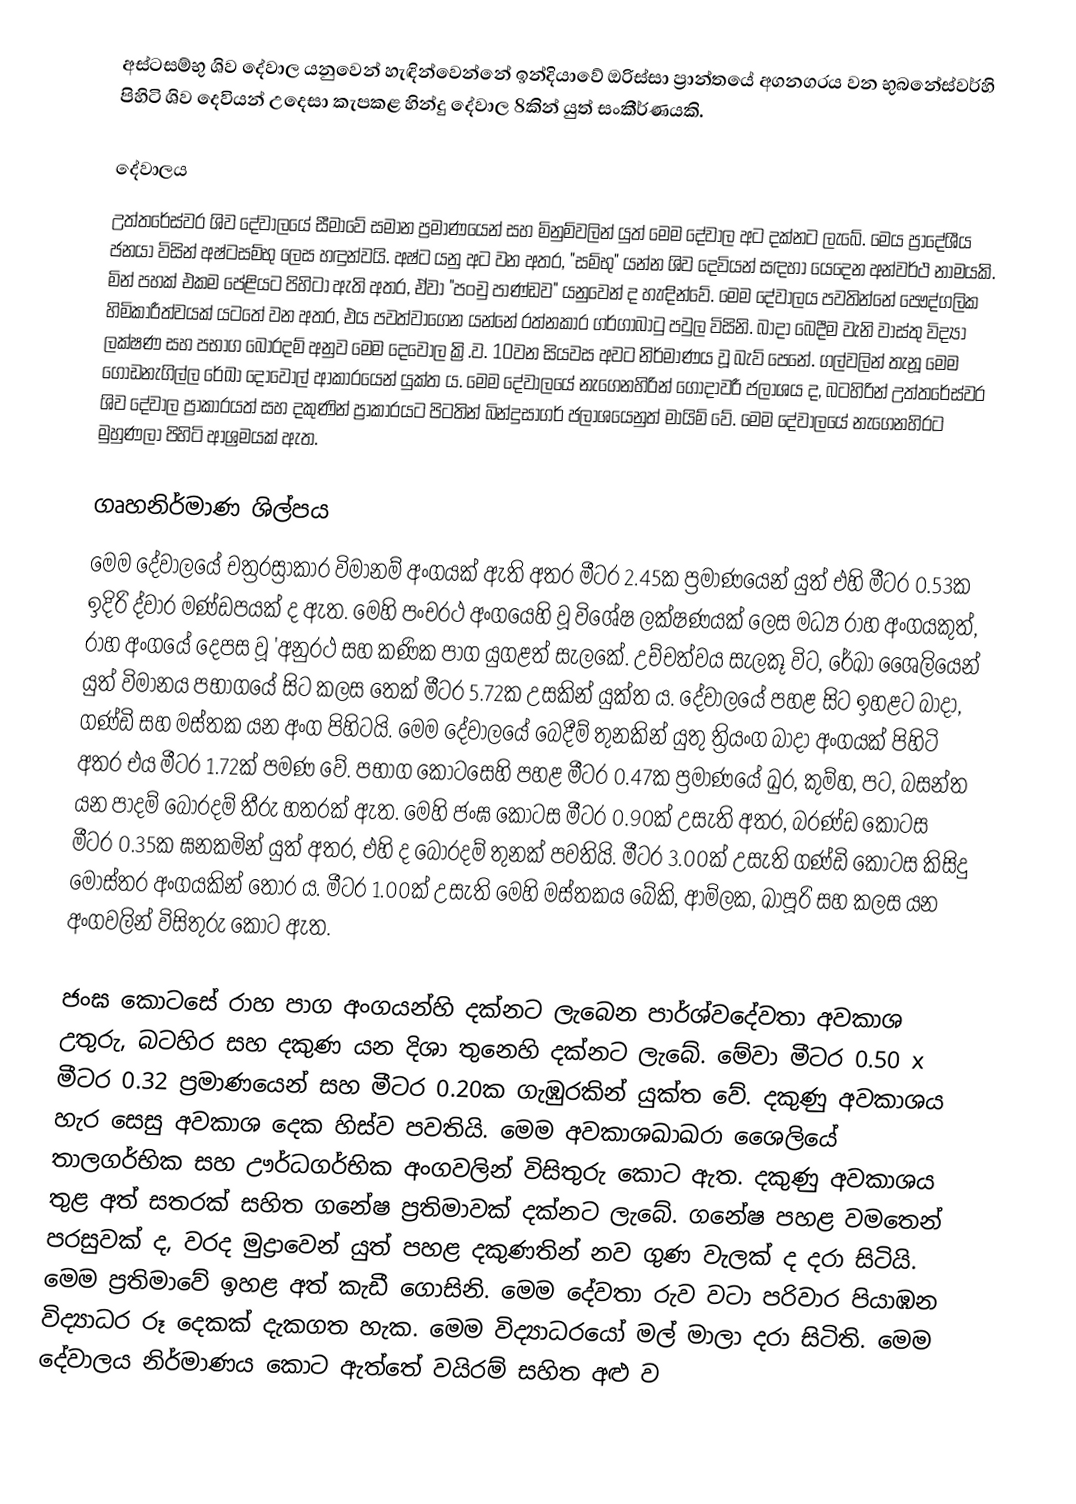
අස්ටසම්භු ශිව දේවාල යනුවෙන් හැඳින්වෙන්නේ ඉන්දියාවේ ඔරිස්සා ප්‍රාන්තයේ අගනගරය වන භුබනේස්වර්හි පිහිටි ශිව දෙවියන් උදෙසා කැපකළ හින්දු දේවාල 8කින් යුත් සංකීර්ණයකි.

දේවාලය
උත්තරේස්වර ශිව දේවාලයේ සීමාවේ සමාන ප්‍රමාණයෙන් සහ මිනුම්වලින් යුත් මෙම දේවාල අට දක්නට ලැබේ. මෙය ප්‍රාදේශීය ජනයා විසින් අෂ්ටසම්භු ලෙස හඳුන්වයි. අෂ්ට යනු අට වන අතර, "සම්භු" යන්න ශිව දෙවියන් සඳහා යෙදෙන අන්වර්ථ නාමයකි. මින් පහක් එකම පේළියට පිහිටා ඇති අතර, ඒවා "පංචු පාණ්ඩව" යනුවෙන් ද හැඳින්වේ. මෙම දේවාලය පවතින්නේ පෞද්ගලික හිමිකාරීත්වයක් යටතේ වන අතර, එය පවත්වාගෙන යන්නේ රත්නකාර ගර්ගාබාටු පවුල විසිනි. බාදා බෙදීම වැනි වාස්තු විද්‍යා ලක්ෂණ සහ පභාග බොරදම් අනුව මෙම දෙවොල ක්‍රි.ව. 10වන සියවස අවට නිර්මාණය වූ‍ බැව් පෙනේ. ගල්වලින් තැනූ මෙම ගොඩනැගිල්ල රේඛා දොවොල් ආකාරයෙන් යුක්ත ය. මෙම දේවාලයේ නැගෙනහිරින් ගෝදාවරී ජලාශය ද, බටහිරින් උත්තරේස්වර ශිව දේවාල ප්‍රාකාරයත් සහ දකුණින් ප්‍රාකාරයට පිටතින් බින්දුසාගර් ජලාශයෙනුත් මායිම් වේ. මෙම දේවාලයේ නැගෙනහිරට මුහුණලා පිහිටි ආශ්‍රමයක් ඇත.

ගෘහනිර්මාණ ශිල්පය
මෙම දේවාලයේ චත්‍රරස්‍රාකාර විමානම් අංගයක් ඇති අතර මීටර 2.45ක ප්‍රමාණයෙන් යුත් එහි  මීටර 0.53ක ඉදිරි ද්වාර මණ්ඩපයක් ද ඇත. මෙහි පංචරථ අංගයෙහි වූ විශේෂ ලක්ෂණයක් ලෙස මධ්‍ය රාහ අංගයකුත්, රාහ අංගයේ දෙපස වූ 'අනුරථ සහ කණික පාග යුගළත් සැලකේ. උච්චත්වය සැලකූ විට, රේඛා ශෛලියෙන් යුත් විමානය පභාගයේ සිට කලස තෙක් මීටර 5.72ක උසකින් යුක්ත ය. දේවාලයේ පහළ සිට ඉහළට බාදා, ගණ්ඩි සහ මස්තක යන අංග පිහිටයි. මෙම දේවාලයේ බෙදීම් තුනකින් යුතු ත්‍රියංග බාදා අංගයක් පිහිටි අතර එය මීටර 1.72ක් පමණ වේ. පභාග කො‍ටසෙහි පහළ මීටර 0.47ක ප්‍රමාණයේ ඛුර, කුම්හ, පට, බසන්ත යන පාදම් බොරදම් තීරු හතරක් ඇත. මෙහි ජංඝ කොටස මීටර 0.90ක් උසැති අතර, බරණ්ඩ කොටස මීටර 0.35ක ඝනකමින් යුත් අතර, එහි ද බොරදම් තුනක් පවතියි. මීටර 3.00ක් උසැති ගණ්ඩි කොටස කිසිදු මෝස්තර අංගයකින් තොර ය. මීටර 1.00ක් උසැති මෙහි මස්තකය බේකි, ආම්ලක, ඛාපූරි සහ කලස යන අංගවලින් විසිතුරු කොට ඇත.

ජංඝ කොටසේ රාහ පාග අංගයන්හි දක්නට ලැබෙන පාර්ශ්වදේවතා අවකාශ උතුරු, බටහිර සහ දකුණ යන දිශා තුනෙහි දක්නට ලැබේ. මේවා මීටර 0.50 x මීටර 0.32 ප්‍රමාණයෙන් සහ මීටර 0.20ක ගැඹුරකින් යුක්ත වේ. දකුණු අවකාශය හැර සෙසු අවකාශ දෙක හිස්ව පවතියි. මෙම අවකාශඛාඛරා ශෛලියේ තාලගර්භික සහ ඌර්ධගර්භික අංගවලින් විසිතුරු කොට ඇත. දකුණු අවකාශය තුළ අත් සතරක් සහිත ගනේෂ ප්‍රතිමාවක් ‍දක්නට ලැබේ. ගනේෂ පහළ වමතෙන් පරසුවක් ද, වරද මුද්‍රාවෙන් යුත් පහළ දකුණතින් නව ගුණ වැලක් ද දරා සිටියි. මෙම ප්‍රතිමාවේ ඉහළ අත් කැඩී ගොසිනි. මෙම දේවතා රුව වටා පරිවාර පියාඹන විද්‍යාධර රූ දෙකක් දැකගත හැක. මෙම විද්‍යාධරයෝ මල් මාලා දරා සිටිති. මෙම දේවාලය නිර්මාණය කොට ඇත්තේ වයිරම් සහිත අළු ව